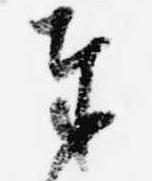
奉